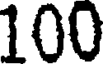
100